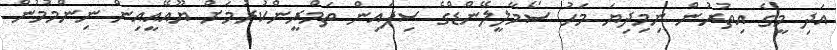
އަދި މީގެ އިތުރުން ނިމިދިޔަ މަހު ސޯމާލީލޭންޑްގެ ސިފައިން ތަމްރީންކުރުމަށް ޔޫއޭއީއިން ނިންމުމުން